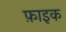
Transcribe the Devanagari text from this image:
फ़ाइक